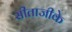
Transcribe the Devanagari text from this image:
सीताजीके